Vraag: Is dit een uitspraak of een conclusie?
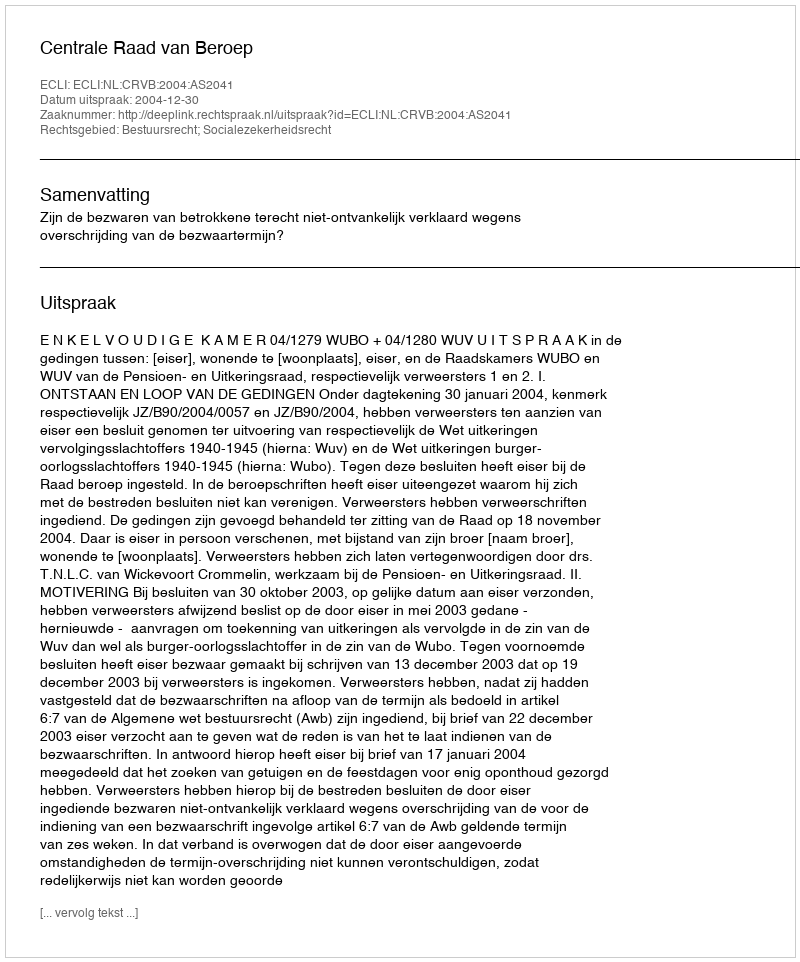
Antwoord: Uitspraak